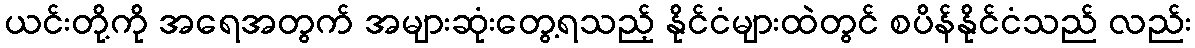
ယင်းတို့ကို အရေအတွက် အများဆုံးတွေ့ရသည့် နိုင်ငံများထဲတွင် စပိန်နိုင်ငံသည် လည်း